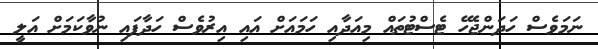
ނަމަވެސް ހަދަންޖެހޭ ޓެސްޓުތައް މިއަދާއި ހަމައަށް އައި އިރުވެސް ހަދާފައި ނުވާކަމަށް އަލީ